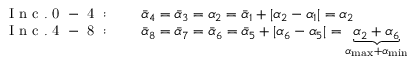
\begin{array} { r l } { \mathrm { ~ I ~ n ~ c ~ . ~ 0 ~ - ~ 4 ~ : ~ } \quad } & { { } \Bar { \alpha } _ { 4 } = \Bar { \alpha } _ { 3 } = \alpha _ { 2 } = \Bar { \alpha } _ { 1 } + | \alpha _ { 2 } - \alpha _ { 1 } | = \alpha _ { 2 } } \\ { \mathrm { ~ I ~ n ~ c ~ . ~ 4 ~ - ~ 8 ~ : ~ } \quad } & { { } \Bar { \alpha } _ { 8 } = \Bar { \alpha } _ { 7 } = \Bar { \alpha } _ { 6 } = \Bar { \alpha } _ { 5 } + | \alpha _ { 6 } - \alpha _ { 5 } | = \underbrace { \alpha _ { 2 } + \alpha _ { 6 } } _ { \alpha _ { \mathrm { m a x } } + \alpha _ { \mathrm { m i n } } } } \end{array}